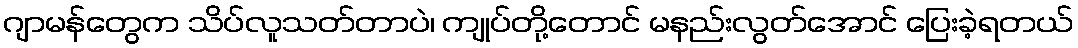
ဂျာမန်တွေက သိပ်လူသတ်တာပဲ၊ ကျုပ်တို့တောင် မနည်းလွတ်အောင် ပြေးခဲ့ရတယ်